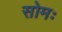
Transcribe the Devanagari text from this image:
सोमः